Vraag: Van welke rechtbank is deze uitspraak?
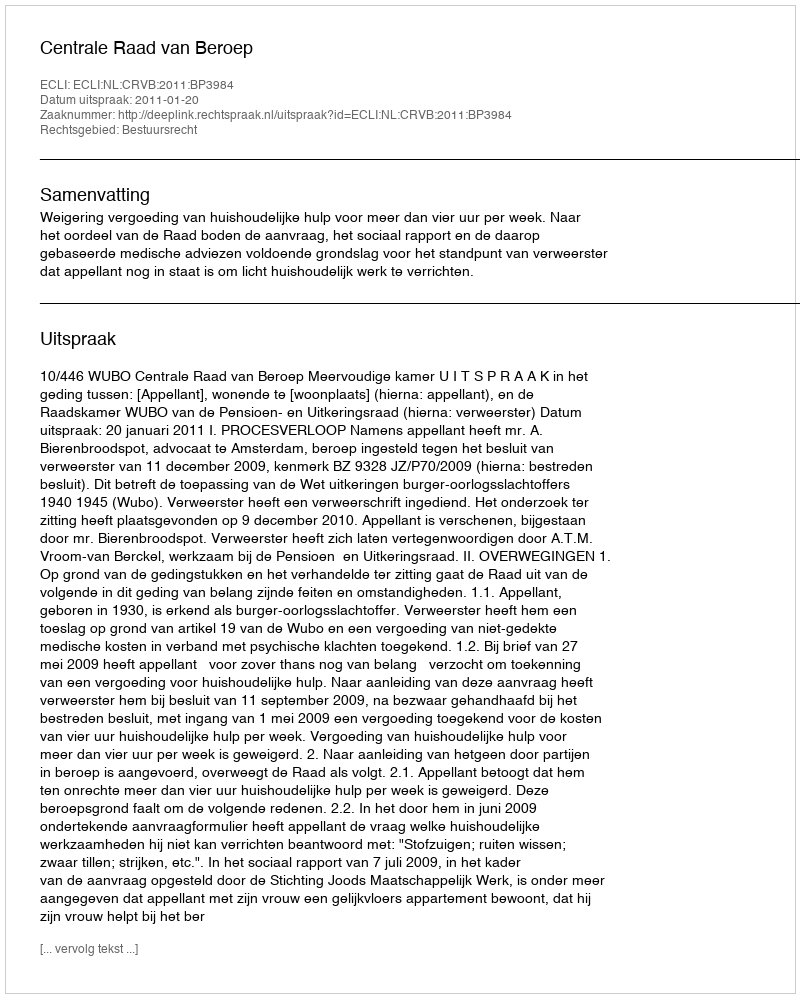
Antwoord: Centrale Raad van Beroep